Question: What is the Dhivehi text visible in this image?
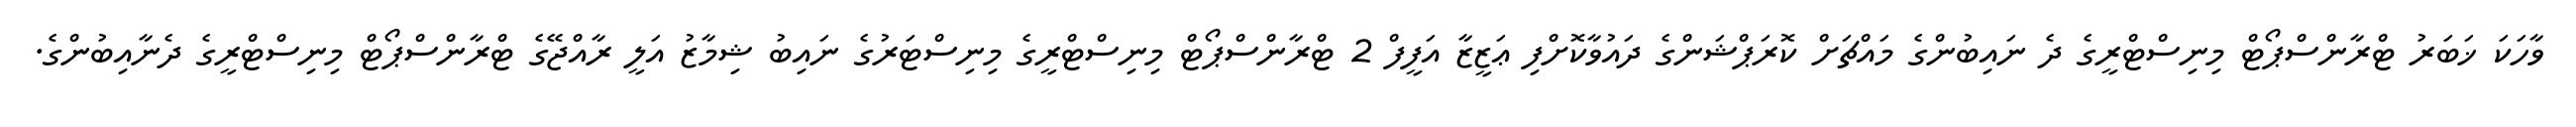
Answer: ވާހަކަ ޚަބަރު ޓްރާންސްޕޯޓް މިނިސްޓްރީގެ ދެ ނައިބުންގެ މައްޗަށް ކޮރަޕްޝަންގެ ދައުވާކޮށްފި ޢަޒީޒާ އަފީފް 2 ޓްރާންސްޕޯޓް މިނިސްޓްރީގެ މިނިސްޓަރުގެ ނައިބު ޝިމާޒު އަލީ ރާއްޖޭގެ ޓްރާންސްޕޯޓް މިނިސްޓްރީގެ ދެނާއިބުންގެ.